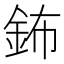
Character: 鈽